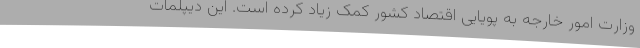
وزارت امور خارجه به پویایی اقتصاد کشور کمک زیاد کرده است. این دیپلمات